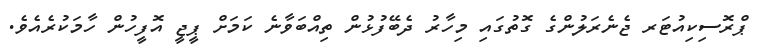
ޕްރޮސިކިއުޓަރ ޖެނެރަލުންގެ ގޮތުގައި މިހާރު ދެބޭފުޅުން ތިއްބަވާނެ ކަމަށް ޕީޖީ އޮފީހުން ހާމަކުރެއެވެ.